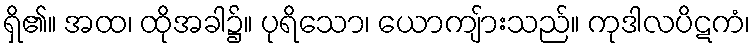
ရှိ၏။ အထ၊ ထိုအခါ၌။ ပုရိသော၊ ယောကျ်ားသည်။ ကုဒါလပိဋကံ၊